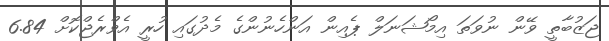
ޖަޒުބާތީ ވޭން ނުވަތަ އިމޯޝަނަލް ޕެއިން އަންހެނުންގެ މެދުގައި ހުރީ އެވްރެޖްކޮށް 6.84